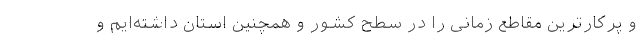
و پرکارترین مقاطع زمانی را در سطح کشور و همچنین استان داشته‌ایم و